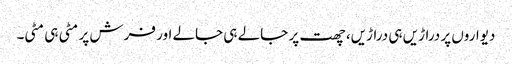
دیواروں پر دراڑیں ہی دراڑیں، چھت پر جالے ہی جالے اور فرش پر مٹی ہی مٹی۔